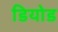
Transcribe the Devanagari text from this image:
डियोड